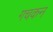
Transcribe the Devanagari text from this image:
गचकन